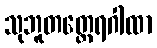
သုဘူတတ္ထေရဂါထာ